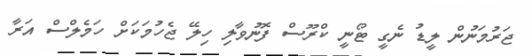
ޖަރުމަނުން ލީޑު ނެގީ ޓޯނީ ކްރޫސް ފޮނުވާލި ހިލޭ ޖެހުމަކަށް ހަމެލްސް އަރާ